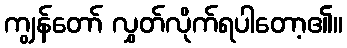
ကျွန်တော် လွှတ်လိုက်ရပါတော့၏။